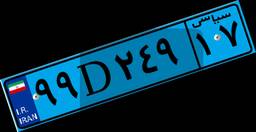
۹۹D۲۴۹۱۷